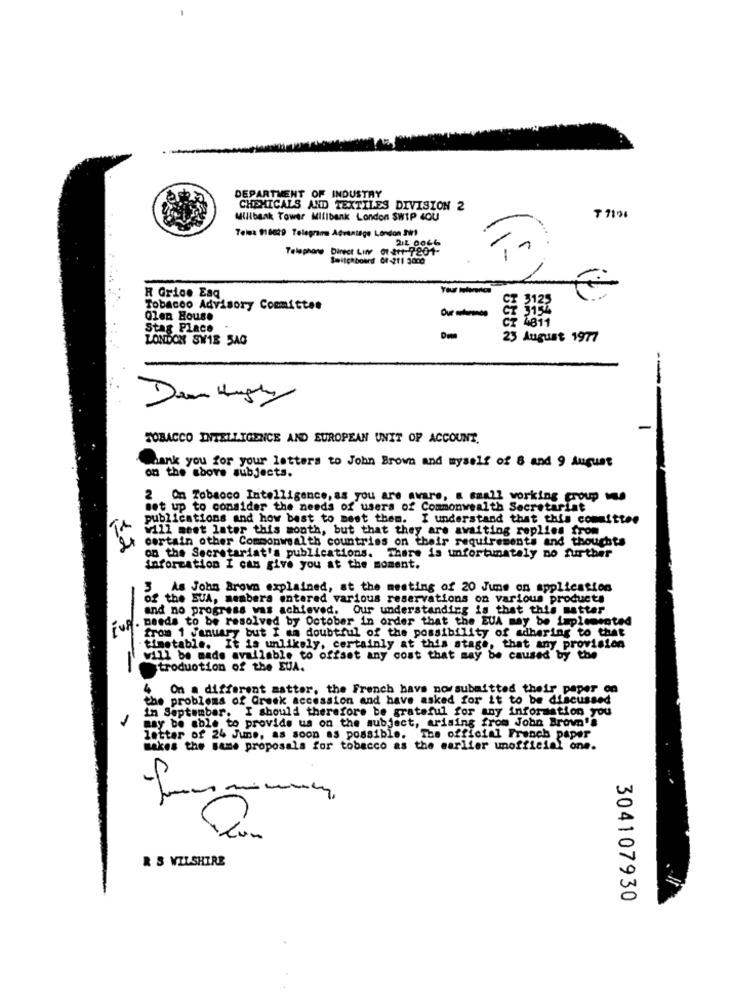
DEPARTMENT OF INDUSTRY
CHEMICALS AND TEXTILES DIVISION 2
Millbank Tower Millbank London SWIP 4OU
Telma 918829 Telegramma Advantage London SW1
Telephone Direct Line 01-2+1-7201-
2.2 0066
Switchboard 0f-211 3000
R Grice Esq
Tobacco Advisory Committee
$ 2122
Olen House
--
T 4811
Stag Place
LONDON SW18 5AG
23 August 1977
--
TOBACCO INTELLIGENCE AND EUROPEAN UNIT OF ACCOUNT.
Thank you for your letters to John Brown and myself of 8 and 9 August
on the above subjects.
2 On Tobacco Intelligence, as you are avare, a small working group wu
set up to consider the needs of users of Commonwealth Secretariat
publications and how best to meet them. I understand that this committee
will meet later this month, but that they are awaiting replies from
certain other Commonwealth countries on their requirements and thoughts
12
on the Secretariat's publications. There is unfortunately no further
information I can give you at the moment.
3 As John Brown explained, at the meeting of 20 June on application
of the SUA, members entered various reservations on various products
and no progress was achieved. Our understanding is that this matter
Fug. needs to be resolved by October in order that the EUA may be implemented
from 1 January but I sa doubtful of the possibility of adhering to that
timetable. It is unlikely, certainly at this stage, that any provision
-
will be made available to offset any cost that may be caused by the
troduotion of the EUA.
On a different matter, the French have nowsubmitted their paper on
the problems of Greek accession and have asked for it to be discussed
In September. I should therefore be grateful for any information you
may be able to provide us on the subject, arising from John Brown's
letter of 24 June, as soon as possible. The official French paper
makes the same proposals for tobacco as the earlier unofficial one.
R S WILSHIRE
304107930